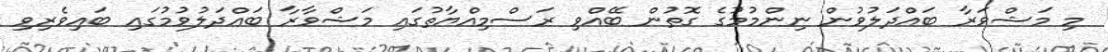
މި މަޝްވަރާ ބައްދަލުވުން ނިންމުމުގެ ގޮތުން ބޭއްވި ރަސްމިއްޔާތުގައި މަޝްވާރާ ބައްދަލުވުމުގައި ބައިވެރިވި